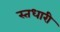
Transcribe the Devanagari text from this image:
स्तधारी